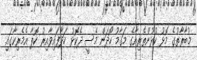
މުބާރާތުގެ މޮޅު ކުޅުންތެރިއާގެ މަގާމު ހޯދަން މެސީ ދެކޮޅު ހަދާފައިވާއިރު ކޮޕާ އެމެރިކާގައި